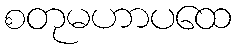
စတုမဟာပထေ